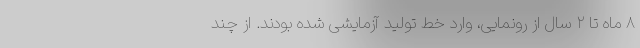
۸ ماه تا ۲ سال از رونمایی، وارد خط تولید آزمایشی شده بودند. از چند